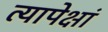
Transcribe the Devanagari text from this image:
त्यापेक्षां